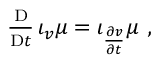
\begin{array} { r } { \frac { \mathrm { D } } { \mathrm { D } t } \, \iota _ { v } \mu = \iota _ { \frac { \partial v } { \partial t } } \mu \ , } \end{array}